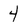
Character: 4